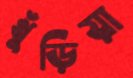
খুঁড়িয়া